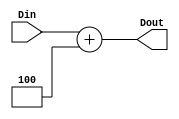
`timescale 1ns / 1ps
module Adder4(
	 output reg [31:0] Dout,
	 input [31:0] Din
    );
	 
	 always @(*) begin
	 Dout = Din + 4;
	 end


endmodule